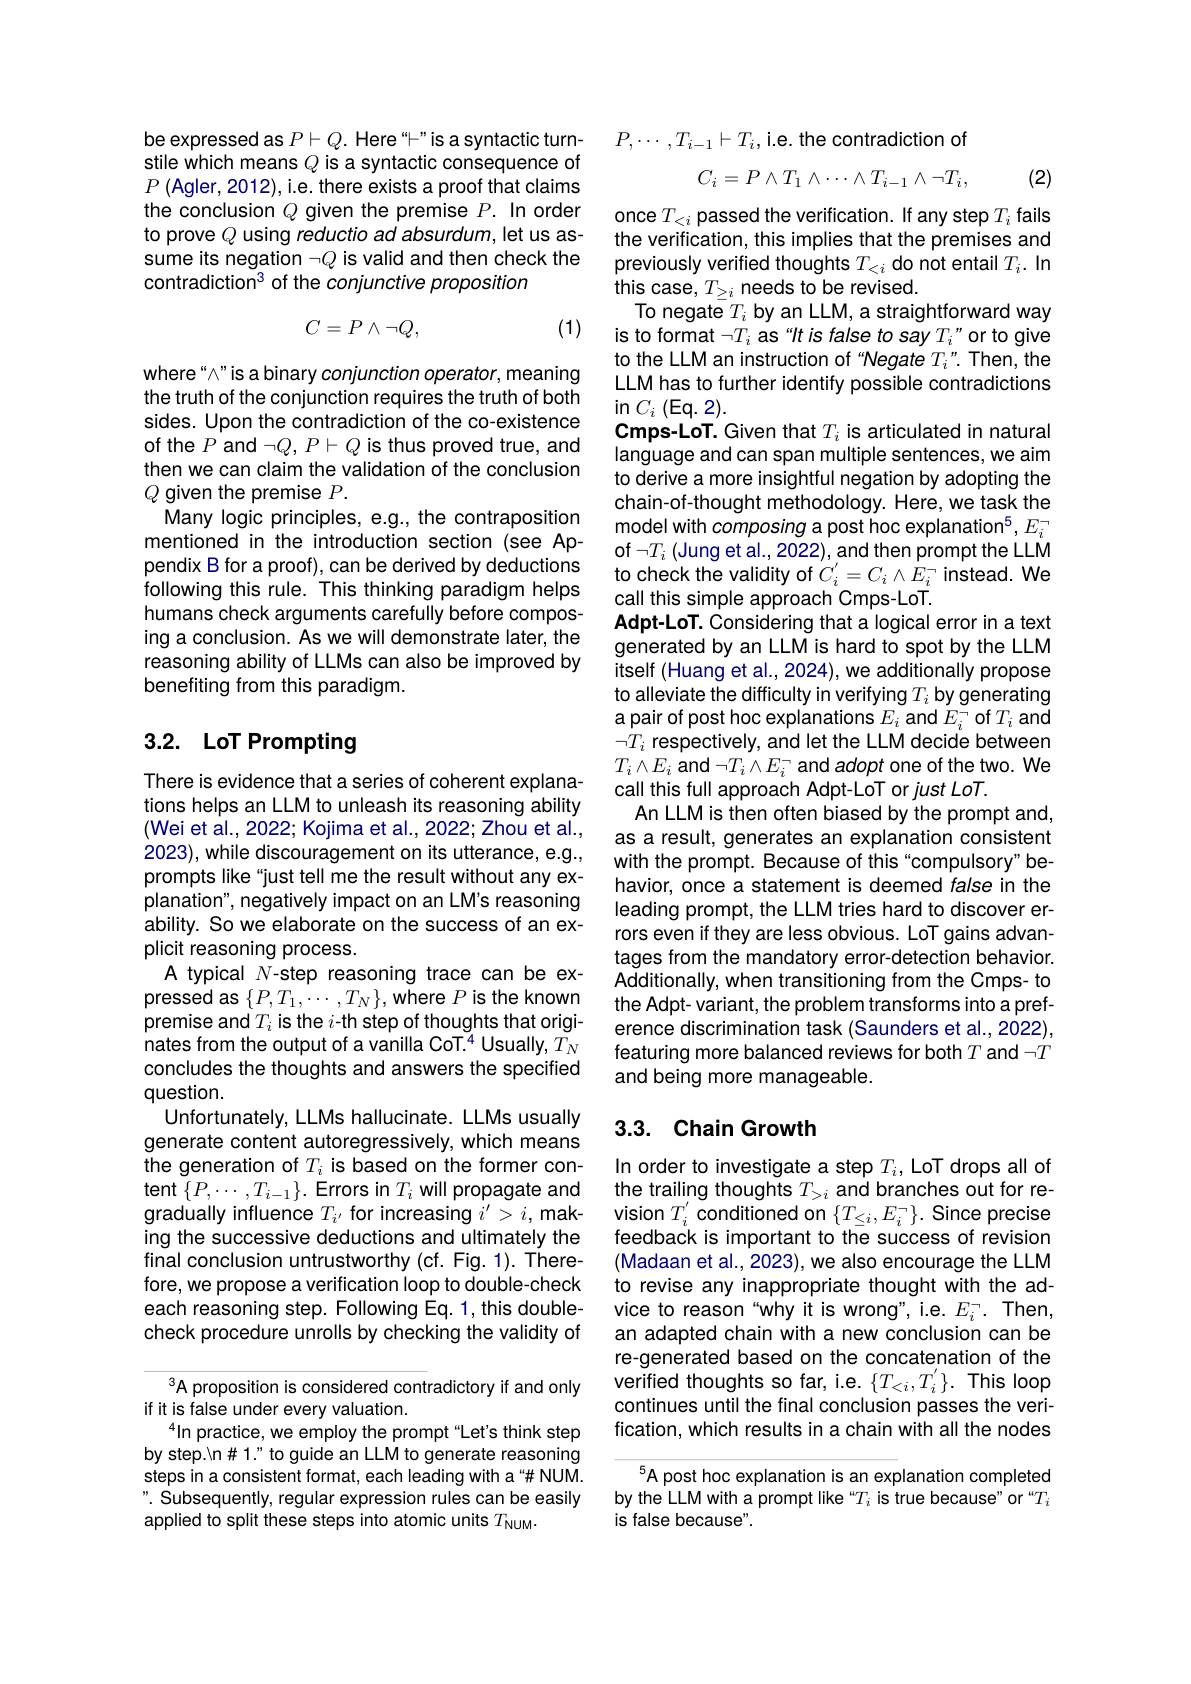
be expressed as $P\vdash Q.$ Here "-" is a syntactic turnstile which means $Q$ is a syntactic consequence of $P\left(\mathrm{Agler,2012}\right)$,i.e.there exists a proof that claims the conclusion $Q$ given the premise $P.$ In order to prove $Q$ using reductio ad absurdum, let us assume its negation $\neg Q$ is valid and then check the $contradiction^3 of the conjunctive proposition$
$$C=P\wedge\neg Q,$$
(1)

$where“\" is a binary conjunction operator, meaning$ the truth of the conjunction requires the truth of both sides. Upon the contradiction of the co-existence of the $P$ and $\neg Q,P\vdash Q$ is thus proved true, and then we can claim the validation of the conclusion $Q$ given the premise $P.$
Many logic principles, e.g., the contraposition mentioned in the introduction section (see Appendix B for a proof), can be derived by deductions following this rule. This thinking paradigm helps humans check arguments carefully before composing a conclusion. As we will demonstrate later, the reasoning ability of LLMs can also be improved by benefiting from this paradigm.

# 3.2. LoT Prompting

tions helps an LLM to unleash its reasoning ability (Wei et al., 2022; Kojima et al., 2022; Zhou et al., 2023), while discouragement on its utterance, e.g., prompts like "just tell me the result without any explanation", negatively impact on an LM's reasoning ability. So we elaborate on the success of an explicit reasoning process.
A typical N-step reasoning trace can be expressed as $\{P,T_{1},\cdots,T_{N}\}$,where $P$ is the known premise and $T_i$ is the $i$-th step of thoughts that originates from the output of a vanilla CoT.$^4$ Usually, $T_N$ concludes the thoughts and answers the specified question.
Unfortunately, LLMs hallucinate. LLMs usually generate content autoregressively, which means the generation of $T_i$ is based on the former content $\{P,\cdots,T_{i-1}\}.$ Errors in $T_i$ will propagate and gradually influence $T_{i^{\prime}}$ for increasing $i^\prime>i$, making the successive deductions and ultimately the final conclusion untrustworthy (cf. Fig. 1). Therefore, we propose a verification loop to double-check each reasoning step. Following Eq. 1, this doublecheck procedure unrolls by checking the validity of

A proposition is considered contradictory if and only
if it is false under every valuation.
$^{4}\ln$practice, we employ the prompt“ Let' s think step by step.\n#1." to guide an LLM to generate reasoning steps in a consistent format, each leading with a“# NUM. ". Subsequently, regular expression rules can be easily applied to split these steps into atomic units $T_\mathrm{NUM}.$

$P,\cdots,T_{i-1}\vdash T_i$,i.e.the contradiction of
$$C_i=P\wedge T_1\wedge\cdots\wedge T_{i-1}\wedge\neg T_i,$$
(2)

once $T_<i$ passed the verification. If any step $T_i$ fails the verification, this implies that the premises and previously verified thoughts $T_<i$ do not entail $T_i.$ In this case, $T_{\geq i}$ needs to be revised.
To negate $T_i$ by an LLM, a straightforward way is to format $\neg T_i$ as“It is false to say $T_i$”or to give to the LLM an instruction of "Negate $T_i$". Then, the LLM has to further identify possible contradictions $\operatorname{in}C_{i}\left(\mathrm{Eq.}\:2\right).$
Cmps-LoT. Given that $T_i$ is articulated in natural language and can span multiple sentences, we aim to derive a more insightful negation by adopting the chain-of-thought methodology. Here, we task the model with composing a post hoc explanation$^5,E_i^-$ of $\neg T_i$ (Jung et al., 2022), and then prompt the LLM to check the validity of $C_i^{\prime}=C_i\wedge E_i^{-}$ instead. We call this simple approach Cmps-LoT.
Adpt-LoT. Considering that a logical error in a text generated by an LLM is hard to spot by the LLM itself (Huang et al., 2024), we additionally propose to alleviate the difficulty in verifying $T_i$ by generating a pair of post hoc explanations $E_i$ and $E_i^{-}$ of $T_i$ and $\neg T_i$ respectively, and let the LLM decide between
An LLM is then often biased by the prompt and, as a result, generates an explanation consistent with the prompt. Because of this "compulsory" behavior, once a statement is deemed false in the leading prompt, the LLM tries hard to discover errors even if they are less obvious. LoT gains advantages from the mandatory error-detection behavior. Additionally, when transitioning from the Cmps- to the Adpt- variant, the problem transforms into a preference discrimination task (Saunders et al., 2022), featuring more balanced reviews for both $T$ and $\neg T$ and being more manageable.

## 3.3. Chain Growth

In order to investigate a step $T_i$, LoT drops all of the trailing thoughts $T_{>i}$ and branches out for revision $T_{i}^{\prime}$ conditioned on $\{T_{\leq i},E_{i}^{-}\}.$ Since precise feedback is important to the success of revision (Madaan et al., 2023), we also encourage the LLM to revise any inappropriate thought with the ad vice to reason“why it is wrong", i.e. $E_{i}^{-}.$ Then, an adapted chain with a new conclusion can be re-generated based on the concatenation of the verified thoughts so far, i.e. $\{T_{<i},T_{i}^{'}\}.$ This loop continues until the final conclusion passes the verification, which results in a chain with all the nodes

$^{5}$A post hoc explanation is an explanation completed by the LLM with a prompt like “Ti is true because" or “Ti is false because".